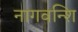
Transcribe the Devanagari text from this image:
नागवन्शि